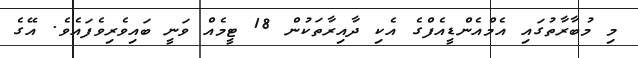
މި މުބާރާތުގައި އެމްއެންޑީއެފްގެ އެކި ދާއިރާތަކުން 18 ޓީމެއް ވަނީ ބައިވެރިވެފައެވެ. އޭގެ